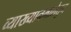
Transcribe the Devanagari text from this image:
व्याख्यानमालेतुन